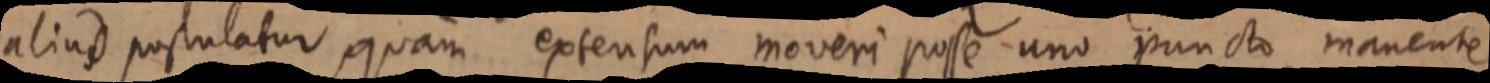
aliud postulatur, quam extensum moveri posse uno puncto manente